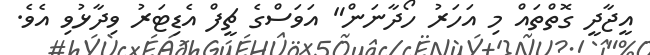
އީޖާދީ ގޮތްތައް މި އަހަރު ހޯދާނަން" އަވަސްގެ ޗީފް އެޑިޓަރު ވިދާޅުވި އެވެ.